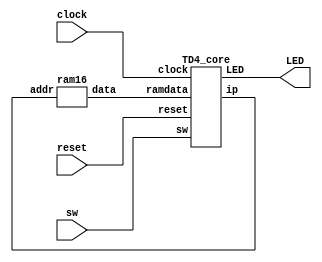
`default_nettype none

module TD4_top(
	clock,reset,sw,LED
	);
	
	 input clock,reset;
	 input  [3:0] sw;
	 output [3:0] LED;
	
	 wire [3:0] ip; //instruction pointer
	 wire [7:0] ramdata; //ramo
	 
	 TD4_core TD4_core0(
		.clock(clock),
		.reset(reset),
		.sw(sw),
		.LED(LED),
		.ip(ip),
		.ramdata(ramdata)
	 );
	
	ram16 ram16_0(
		.data(ramdata),
		.addr(ip)
	);
	
endmodule

module TD4_core(
		clock,reset,sw,LED,ip,ramdata
    );
	 input clock,reset;
	 input  [3:0] sw;
	 input  [7:0] ramdata;
	 output [3:0] LED;
	 output [3:0] ip;
	 
	 wire selectA;
	 wire selectB;
	 wire carry;
	 
	 wire [3:0] OP;
	 
	 wire [3:0] load;
	 wire [3:0] alu_inA;
	 wire [3:0] alu_out;
	 wire [3:0] Imm;
	 
	 reg CFlag;           //carry flag
	 reg [3:0] reg_outA;
	 reg [3:0] reg_outB;
	 reg [3:0] ip;        //instruction pointer
	 reg [3:0] LED;       //LED out 
	 
	 /* fetch */
 	 assign {OP,Imm}  = ramdata;

	 /* decode */
	 
	 //decorder
	 assign selectA = OP[0] | OP[3];
	 assign selectB = OP[1];
	 assign load    = { ~OP[2] | ~OP[3] | (~OP[0] & CFlag),
							   OP[2] | ~OP[3],
							  ~OP[2] |  OP[3],
                        OP[2] |  OP[3]	};
	  /* execute */
		
     //multiplexer
	  function [3:0] mux;
		input [1:0] sel;
		input [15:0] data;
			begin
				case(sel)
					2'b11: mux = data[15:12];
					2'b10: mux = data[11:8];
					2'b01: mux = data[7:4];
					2'b00: mux = data[3:0];
				endcase
			end
		endfunction
	  
	  assign alu_inA = mux({selectB,selectA},
									{4'b0000,sw,reg_outB,reg_outA});
	  //addr
	  assign {carry,alu_out} = alu_inA + Imm;

	 /* store */

	 always @(posedge clock or negedge reset)
		begin
			if(~reset) begin
				CFlag    <= 1'b0;
				reg_outA <= 4'b0000;
				reg_outB <= 4'b0000;
				LED      <= 4'b0000;
				ip       <= 4'b0000;
			end
			else begin //ZbgO
				CFlag <= carry;
				if(~load[0]) //reg A
					reg_outA <= alu_out;
				else 
					reg_outA <= reg_outA;
					
				if(~load[1]) //reg B
					reg_outB <= alu_out;
				else
					reg_outB	<= reg_outB;

				if(~load[2]) //out
					LED  <= alu_out;
				else
					LED <= LED;
				if(~load[3]) //instruction pointer
					ip <= alu_out;
				else
					ip <= ip+1;	
			end
	 end
	 	
	//ram

endmodule


module ram16(
		addr,
		data
	);
	input  [3:0] addr;
	output [7:0] data;
	
		 //ram
	wire [7:0] ram [15:0];
	
	assign data = ram[addr];
	
	assign ram[0]  = 8'b10110111; 
	assign ram[1]  = 8'b00000001; 
	assign ram[2]  = 8'b11100001; 
	assign ram[3]  = 8'b00000001; 
	assign ram[4]  = 8'b11100011; 
	assign ram[5]  = 8'b10110110; 
	assign ram[6]  = 8'b00000001; 
	assign ram[7]  = 8'b11100110; 
	assign ram[8]  = 8'b00000001; 
	assign ram[9]  = 8'b11101000; 
	assign ram[10] = 8'b10110000; 
	assign ram[11] = 8'b10110100; 
	assign ram[12] = 8'b00000001;
	assign ram[13] = 8'b11101010; 
	assign ram[14] = 8'b10111000; 
	assign ram[15] = 8'b11111111; 

/*	
	initial begin
		   ram[0]  <= 8'b10110111; 
			ram[1]  <= 8'b00000001; 
			ram[2]  <= 8'b11100001; 
			ram[3]  <= 8'b00000001; 
			ram[4]  <= 8'b11100011; 
			ram[5]  <= 8'b10110110; 
			ram[6]  <= 8'b00000001; 
			ram[7]  <= 8'b11100110; 
			ram[8]  <= 8'b00000001; 
			ram[9]  <= 8'b11101000; 
			ram[10] <= 8'b10110000; 
			ram[11] <= 8'b10110100; 
			ram[12] <= 8'b00000001;
			ram[13] <= 8'b11101010; 
			ram[14] <= 8'b10111000; 
			ram[15] <= 8'b11111111; 
			*/
			/*
			ram[0]  <= 8'b00111100; // mov A 1100 
			ram[1]  <= 8'b00110110; // mov A 0110
			ram[2]  <= 8'b01110011; // mov B 0011
			ram[3]  <= 8'b01111001; // mov B 1001
			ram[4]  <= 8'b00010000; // mov A,B
			ram[5]  <= 8'b00111100; // mov A 1100
			ram[6]  <= 8'b01000000; // mov B,A
			ram[7]  <= 8'b00001100; // add A,1100 
			ram[8]  <= 8'b01010011; // add B,0011 
			ram[9]  <= 8'b00100000; // in  A
			ram[10] <= 8'b01100000; // in  B
			ram[11] <= 8'b10110101; // out 0101
			ram[12] <= 8'b10010000; // out B
//			ram[13] <= 8'b11110000; // jmp 0000 
//       ram[13] <= 8'b11100001; // jnc 0001
			ram[13] <= 8'b00001111; // add A 1111 
			ram[14] <= 8'b11100010; // jnc 0010
         ram[15] <= 8'b10111010; // out 1010 */
//		end
	
endmodule